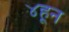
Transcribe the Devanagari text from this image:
४हून